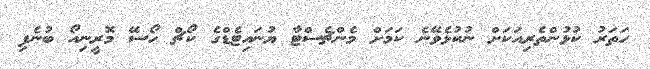
ހަތަރު ކުޅުންތެރިއަކަށް ނުކުޅެވޭނެ ކަމަށް މެންޗެސްޓާ ޔުނައިޓެޑްގެ ކޯޗް ހޯސޭ މޮރީނިއޯ ބުނެފި